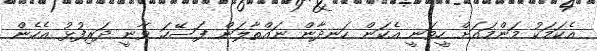
އެކަމަކު މަންމައަށް ހީވަނީ އެކަން ހަނދާން ނައްތާލަން ފަސޭހަ ވާނީ ދަރިފުޅު އެހެން